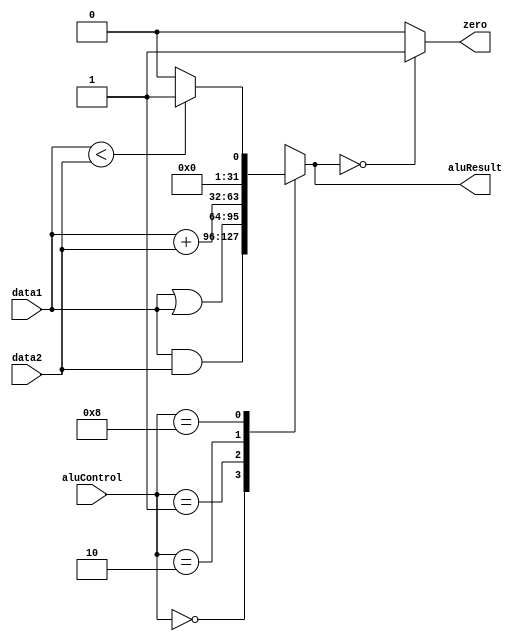
module ALU (

  input [3:0] aluControl,
  input wire [31:0] data1,
  input wire [31:0] data2,

  output reg [31:0] aluResult,
  output wire zero
);

// ALU Control 
localparam [3:0] AND = 4'b0000, OR = 4'b0001, ADD = 4'b0010, SUB = 4'b0010, SLT = 4'b1000;

always @(*)
  begin
    case(aluControl)
      AND: 
        aluResult = data1 & data2;

      OR:
        aluResult = data1 | data1;

      ADD:
        aluResult = data1 + data2;

      SUB:
        aluResult = data1 - data2;

      SLT:
        aluResult = (data1 < data2)? 32'b1 : 32'b0;

      default:
        aluResult = 32'bx;
    endcase // aluControl
  end

assign zero = (aluResult == 32'b0)? 1'b1 : 1'b0;

endmodule